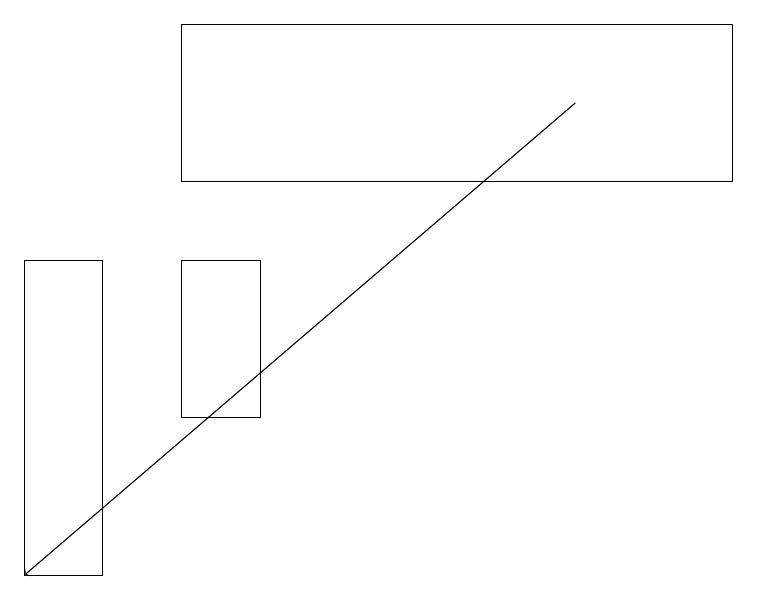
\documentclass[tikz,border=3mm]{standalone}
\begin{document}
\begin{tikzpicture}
\draw[->] (7,18) -- (0,12);
\draw (1,12) rectangle (0,16);
\draw (2,14) rectangle (3,16);
\draw (2,19) rectangle (9,17);
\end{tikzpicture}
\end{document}